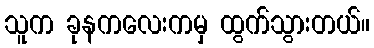
သူက ခုနကလေးကမှ ထွက်သွားတယ်။